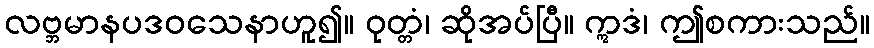
လဗ္ဘမာနပဒဝသေနာဟူ၍။ ဝုတ္တံ၊ ဆိုအပ်ပြီ။ ဣဒံ၊ ဤစကားသည်။